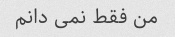
من فقط نمی دانم